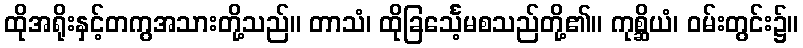
ထိုအရိုးနှင့်တကွအသားတို့သည်။ တာသံ၊ ထိုခြင်္သေ့မစသည်တို့၏။ ကုစ္ဆိယံ၊ ဝမ်းတွင်း၌။